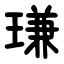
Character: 㻩